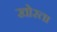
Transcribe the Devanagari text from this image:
खोरता